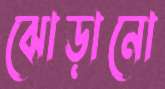
ঝোড়ানো